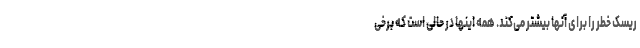
ریسک خطر را برای آنها بیشتر می‌کند. همه اینها در حالی است که برخی